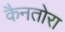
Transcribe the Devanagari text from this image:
कैनतोरा